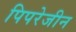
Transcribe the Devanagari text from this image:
पिपरेजीन